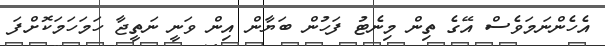
އެހެންނަމަވެސް އޭގެ ތިން މިނެޓު ފަހުން ބަޔާން އިން ވަނީ ނަތީޖާ ހަމަހަމަކޮށްފަ